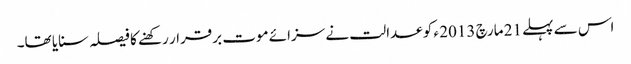
اس سے پہلے 21 مارچ 2013 ء کو عدالت نے سزائے موت برقرار رکھنے کا فیصلہ سنایا تھا۔